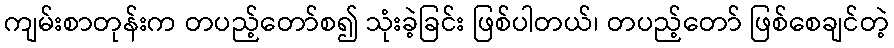
ကျမ်းစာတုန်းက တပည့်တော်စ၍ သုံးခဲ့ခြင်း ဖြစ်ပါတယ်၊ တပည့်တော် ဖြစ်စေချင်တဲ့